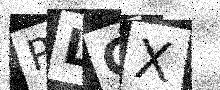
Text: PLCX